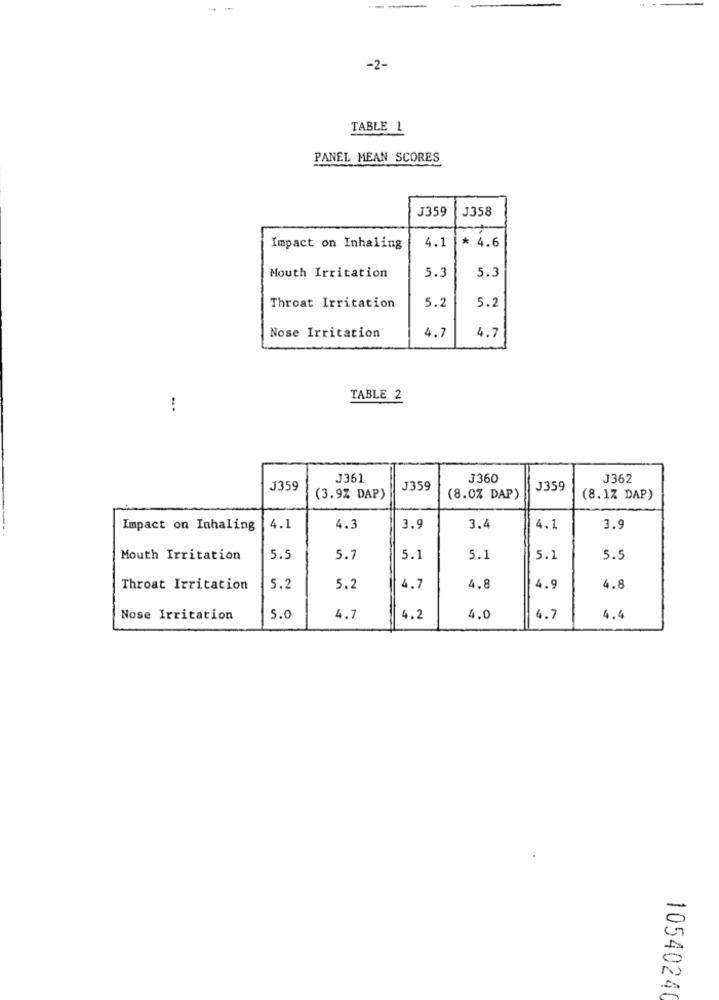
-2-
TABLE 1
PANEL MEAN SCORES
J359
J358
4.1
* 4.6
Impact on Inhaling
Mouth Irritation
5.3
5.3
5.2
Throat Irritation
5.2
Nose Irritation
4.7
4.7
TABLE 2
J361
J360
J362
J359
J359
J359
(3.9% DAP)
(8.0% DAP)
(8.1% DAP)
Impact on Inhaling
4.1
4.3
3.9
3.4
4.1
3.9
Mouth Irritation
5.5
5.7
5.1
5.1
5.1
5.5
Throat Irritation
5.2
5.2
4.7
4.8
4.9
4.8
Nose Irritation
5.0
4.7
4.2
4.0
4.7
4.4
10540240